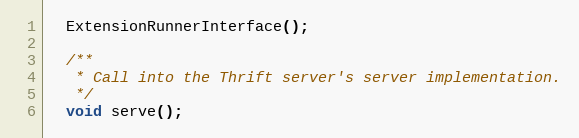
Language: C
  ExtensionRunnerInterface();

  /**
   * Call into the Thrift server's server implementation.
   */
  void serve();